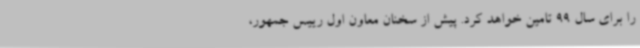
را برای سال 99 تامین خواهد کرد. پیش از سخنان معاون اول رییس جمهور،